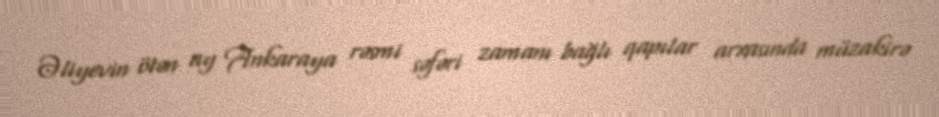
Əliyevin ötən ay Ankaraya rəsmi səfəri zamanı bağlı qapılar arxasında müzakirə